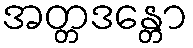
အတ္တဒန္တော